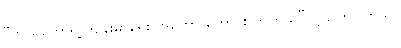
“ကိုယ်တော်ရဲ့ ကျန်းမာရေး အတော် ကောင်းလာတယ်”လို့ ပြောပါတယ်။